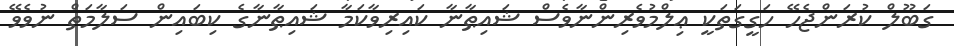
ގަބޫލް ކުރަންޖެހޭ ހަގީގަތަކީ ޢިލްމުވެރިންނާވެސް ޝައިޠާނާ ކައިރިވާކަމާ ޝައިޠާނާގެ ކިބައިން ސަލާމަތް ނުވެވޭ